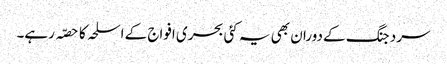
سرد جنگ کے دوران بھی یہ کئی بحری افواج کے اسلحہ کا حصّہ رہے۔